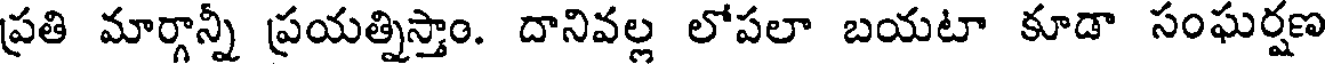
ప్రతి మార్గాన్నీ ప్రయత్నిస్తాం. దానివల్ల లోపలా బయటా కూడా సంఘర్షణ